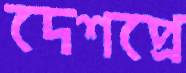
দেশপ্রে